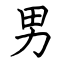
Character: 男